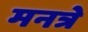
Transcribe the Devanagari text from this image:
मनत्रे